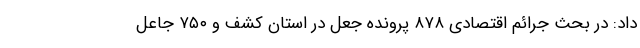
داد: در بحث جرائم اقتصادی ۸۷۸ پرونده جعل در استان کشف و ۷۵۰ جاعل